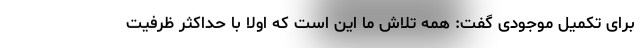
برای تکمیل موجودی گفت: همه تلاش ما این است که اولا با حداکثر ظرفیت